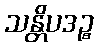
သန္တိပဒဉ္စ